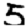
Digit: 5